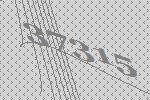
37315